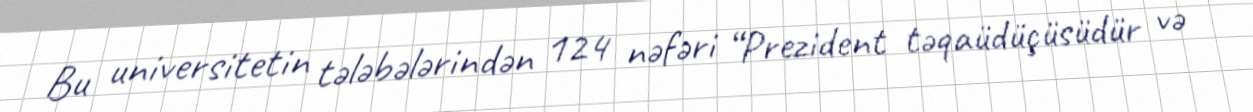
Bu universitetin tələbələrindən 124 nəfəri “Prezident təqaüdüçüsüdür və